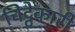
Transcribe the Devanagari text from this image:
चिट्ठेकारी